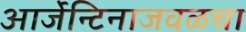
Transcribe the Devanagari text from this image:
आर्जेन्टिनाजवळचा